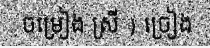
ចម្រៀង ស្រី ) ច្រៀង